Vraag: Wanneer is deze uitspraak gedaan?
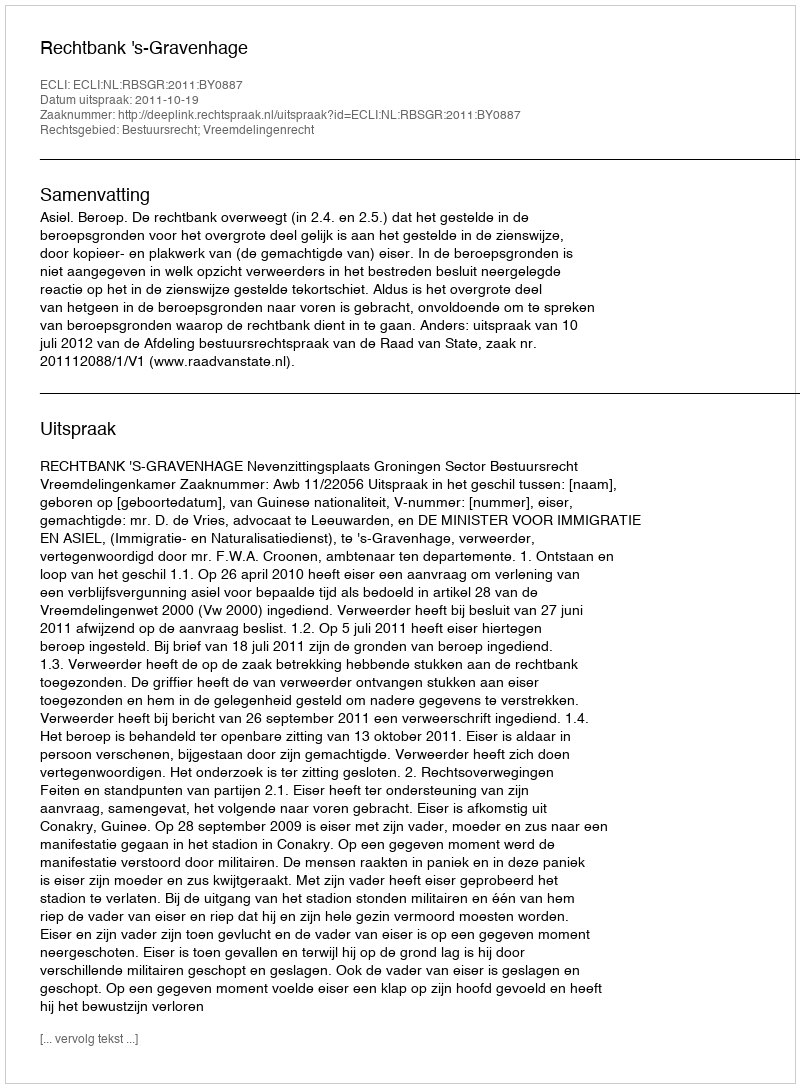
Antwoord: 2011-10-19